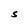
Character: S